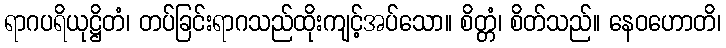
ရာဂပရိယုဋ္ဌိတံ၊ တပ်ခြင်းရာဂသည်ထိုးကျင့်အပ်သော။ စိတ္တံ၊ စိတ်သည်။ နေဝဟောတိ၊